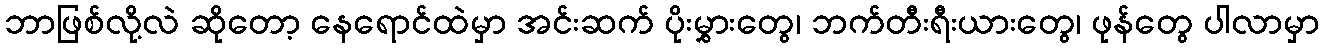
ဘာဖြစ်လို့လဲ ဆိုတော့ နေရောင်ထဲမှာ အင်းဆက် ပိုးမွှားတွေ၊ ဘက်တီးရီးယားတွေ၊ ဖုန်တွေ ပါလာမှာ